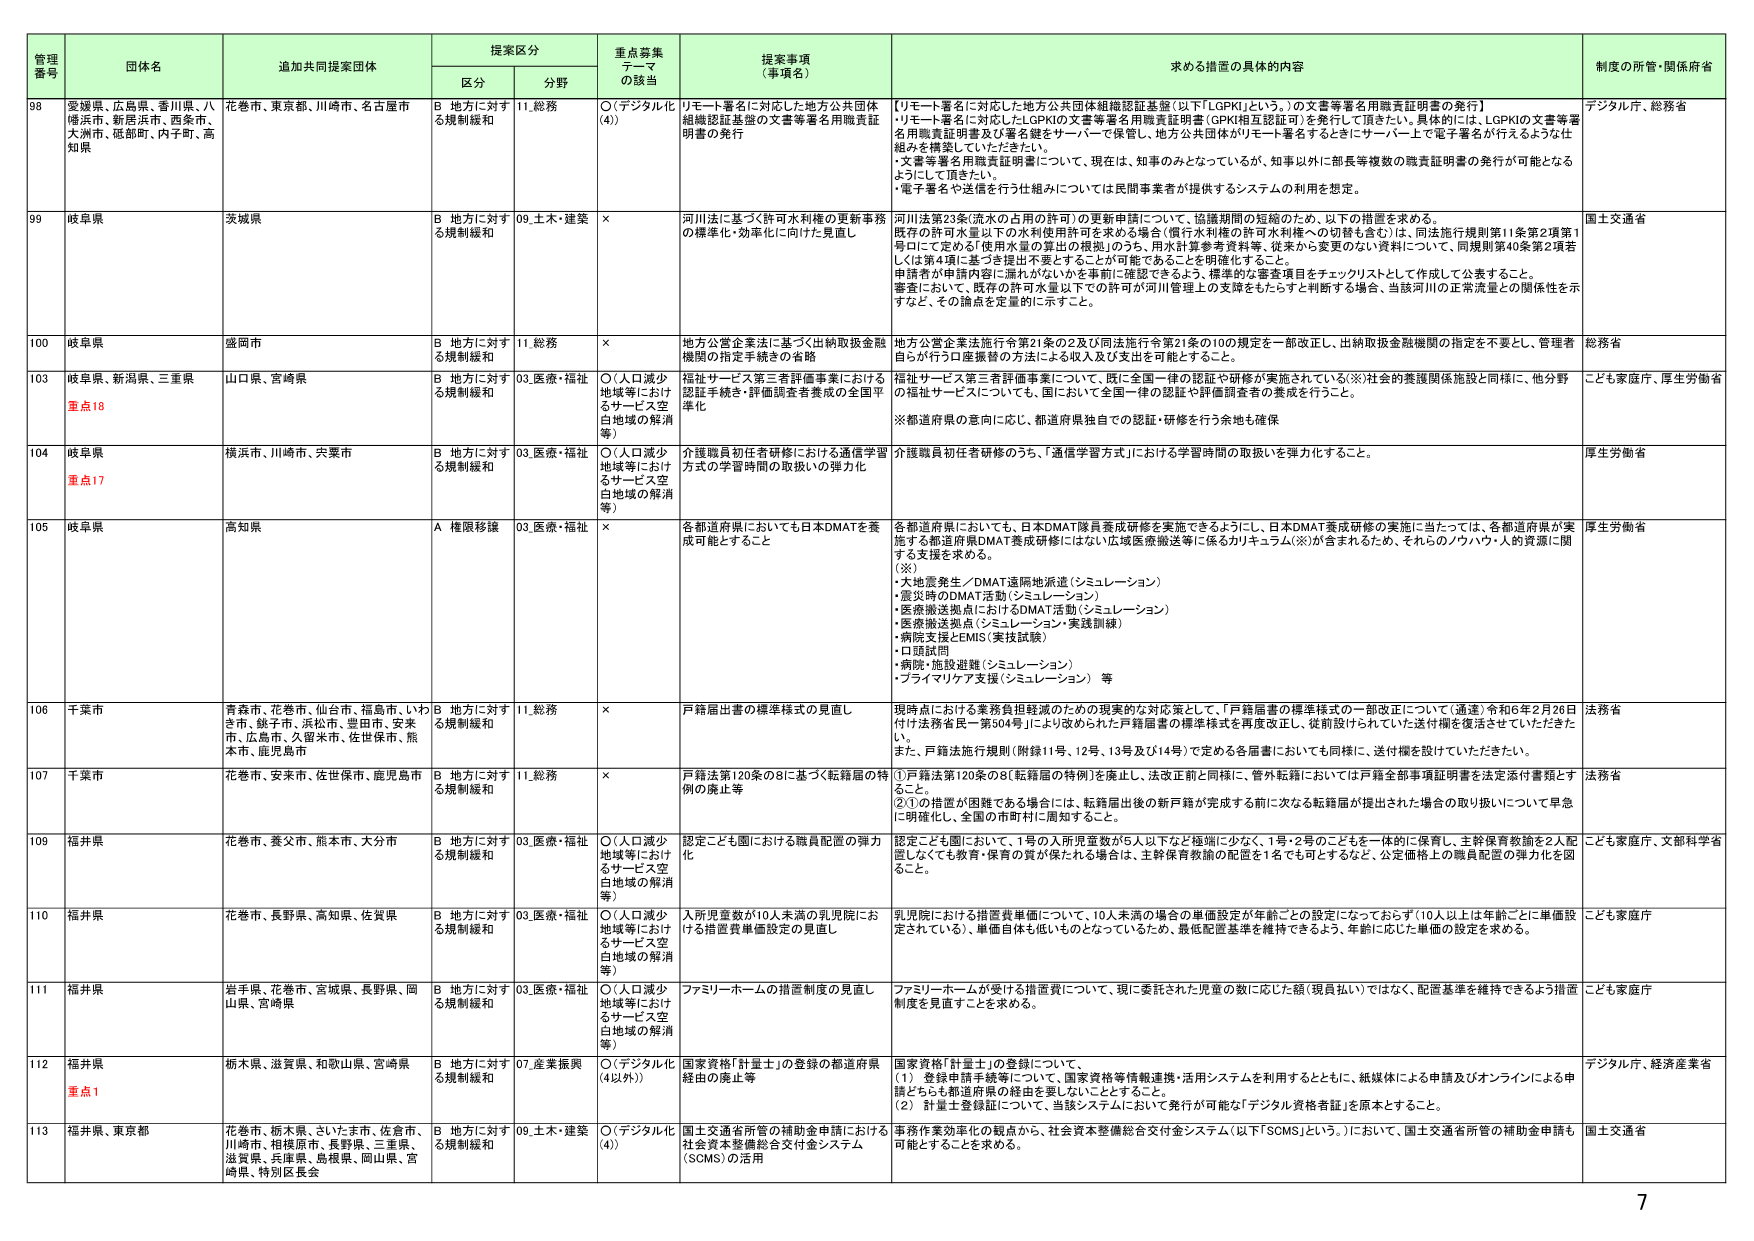
管理番号 団体名 追加共同提案団体 提案区分 重点募集テーマの該当 提案事項（事項名） 求める措置の具体的内容 制度の所管・関係府省
区分 分野
98 愛媛県、広島県、香川県、八幡浜市、新居浜市、西条市、大洲市、砥部町、内子町、高知県 花巻市、東京都、川崎市、名古屋市 B 地方に対する規制緩和 11.総務 ○（デジタル化（4）） リモート署名に対応した地方公共団体組織認証基盤の文書等署名用職責証明書の発行 【リモート署名に対応した地方公共団体組織認証基盤（以下「LGPKI」という。）の文書等署名用職責証明書の発行】 ・リモート署名に対応したLGPKIの文書等署名用職責証明書（GPKI相互認証可）を発行して頂きたい。具体的には、LGPKIの文書等署名用職責証明書及び署名鍵をサーバーで保管し、地方公共団体がリモート署名するときにサーバー上で電子署名が行えるような仕組みを構築していただきたい。 ・文書等署名用職責証明書について、現在は、知事のみとなっているが、知事以外に部長等複数の職責証明書の発行が可能となるようにして頂きたい。 ・電子署名で送信を行う仕組みについては民間事業者が提供するシステムの利用を想定。 デジタル庁、総務省
99 岐阜県 茨城県 B 地方に対する規制緩和 09.土木・建築 × 河川法に基づく許可水利権の更新事務の標準化・効率化に向けた見直し 河川法第23条（流水の占用の許可）の更新申請について、協議期間の短縮のため、以下の措置を求める。 既存の許可水量以下の水利使用許可を求める場合（償付水利権の許可水利権への切替も含む）は、同法施行規則第11条第2項第1号ロにて定める「使用水量の算出の根拠」のうち、用水計算参考資料等、従来から変更のない資料について、同規則第40条第2項若しくは第4項に基づき提出不要とすることが可能であることを明確化すること。 申請者が申請内容に漏れがないかを事前に確認できるよう、標準的な審査項目をチェックリストとして作成して公表すること。 審査において、既存の許可水量以下の許可が河川管理上の支障をもたらすと判断する場合、当該河川の正常流量との関係性を示すなど、その論点を定量的に示すこと。 国土交通省
100 岐阜県 盛岡市 B 地方に対する規制緩和 11.総務 × 地方公営企業法に基づく出納取扱金融機関の指定手続きの省略 地方公営企業法施行令第21条の2及び同法施行令第21条の10の規定を一部改正し、出納取扱金融機関の指定を不要とし、管理者自らが行う口座振替の方法による収入及び支出を可能とすること。 総務省
103 岐阜県、新潟県、三重県 重点18 山口県、宮崎県 B 地方に対する規制緩和 03.医療・福祉 ○（人口減少地域等におけるサービス空白地域の解消等） 福祉サービス第三者評価事業における認証手続き・評価調査者養成の全国平準化 福祉サービス第三者評価事業について、既に全国一律の認証や研修が実施されている（※）社会的養護関係施設と同様に、他分野の福祉サービスについても、国において全国一律の認証や評価調査者の養成を行うこと。 ※都道府県の意向に応じ、都道府県独自での認証・研修を行う余地も確保 こども家庭庁、厚生労働省
104 岐阜県 重点17 横浜市、川崎市、央妻市 B 地方に対する規制緩和 03.医療・福祉 ○（人口減少地域等におけるサービス空白地域の解消等） 介護職員初任者研修における通信学習方式の学習時間の取扱いの弾力化 介護職員初任者研修のうち、「通信学習方式」における学習時間の取扱いを弾力化すること。 厚生労働省
105 岐阜県 高知県 A 権限移譲 03.医療・福祉 × 各都道府県においても日本DMATを養成可能とすること 各都道府県においても、日本DMAT隊員養成研修を実施できるようにし、日本DMAT養成研修の実施に当たっては、各都道府県が実施する都道府県DMAT養成研修にはない広域医療搬送等に係るカリキュラム（※）が含まれるため、それらのノウハウ・人的資源に関する支援を求める。 （※） ・大地震発生／DMAT遠隔地派遣（シミュレーション） ・震災時のDMAT活動（シミュレーション） ・医療搬送拠点におけるDMAT活動（シミュレーション） ・医療搬送拠点（シミュレーション・実践訓練） ・病院支援CEMIS（実技試験） ・口頭試問 ・病院・施設避難（シミュレーション） ・プライマリケア支援（シミュレーション） 等 厚生労働省
106 千葉市 青森市、花巻市、仙台市、福島市、いわき市、銚子市、浜松市、豊田市、安来市、広島市、久留米市、佐世保市、熊本市、鹿児島市 B 地方に対する規制緩和 11.総務 × 戸籍届出書の標準様式の見直し 現時点における業務負担軽減のための現実的な対応策として、「戸籍届書の標準様式の一部改正について（通達）令和6年2月26日付け法務省民一第504号」により改められた戸籍届書の標準様式を再度改正し、従前設けられていた送付欄を復活させていただきたい。 また、戸籍法施行規則（附録11号、12号、13号及び14号）で定める各届書においても同様に、送付欄を設けていただきたい。 法務省
107 千葉市 花巻市、安来市、佐世保市、鹿児島市 B 地方に対する規制緩和 11.総務 × 戸籍法第120条の8に基づく転籍届の特例の廃止等 ①戸籍法第120条の8（転籍届の特例）を廃止し、法改正前と同様に、管外転籍においては戸籍全部事項証明書を法定添付書類とすること。 ②①の措置が国難である場合に、転籍届出後の新戸籍が完成する前に次なる転籍届が提出された場合の取り扱いについて早急に明確化し、全国の市町村に周知すること。 法務省
109 福井県 花巻市、養父市、熊本市、大分市 B 地方に対する規制緩和 03.医療・福祉 ○（人口減少地域等におけるサービス空白地域の解消等） 認定こども園における職員配置の弾力化 認定こども園において、1号の入所児童数が5人以下など極端に少なく、1号・2号のこどもを一体的に保育し、主幹保育教諭を2人配置しなくても教育・保育の質が保たれる場合は、主幹保育教諭の配置を1名でも可とするなど、公定価格上の職員配置の弾力化を図ること。 こども家庭庁、文部科学省
110 福井県 花巻市、長野県、高知県、佐賀県 B 地方に対する規制緩和 03.医療・福祉 ○（人口減少地域等におけるサービス空白地域の解消等） 入所児童数が10人未満の乳児院における措置費単価設定の見直し 乳児院における措置費単価について、10人未満の場合の単価設定が年齢ごとの設定になっておらず（10人以上は年齢ごとに単価設定されている）、単価自体も低いものとなっているため、最低配置基準を維持できるよう、年齢に応じた単価の設定を求める。 こども家庭庁
111 福井県 岩手県、花巻市、宮城県、長野県、岡山県、宮崎県 B 地方に対する規制緩和 03.医療・福祉 ○（人口減少地域等におけるサービス空白地域の解消等） ファミリーホームの措置制度の見直し ファミリーホームが受ける措置費について、現に委託された児童の数に応じた額（現員払い）ではなく、配置基準を維持できるよう措置制度を見直すことを求める。 こども家庭庁
112 福井県 重点1 栃木県、滋賀県、和歌山県、宮崎県 B 地方に対する規制緩和 07.産業振興 ○（デジタル化（4以外）） 国家資格「計量士」の登録の都道府県経由の廃止等 国家資格「計量士」の登録について、 （1） 登録申請手続き等について、国家資格等情報連携・活用システムを利用するとともに、紙媒体による申請及びオンラインによる申請どちらも都道府県の経由を要しないこととすること。 （2） 計量士登録証について、当該システムにおいて発行が可能な「デジタル資格者証」を原本とすること。 デジタル庁、経済産業省
113 福井県、東京都 花巻市、栃木県、さいたま市、佐倉市、川崎市、相模原市、長野県、三重県、滋賀県、兵庫県、島根県、岡山県、宮崎県、特別区長会 B 地方に対する規制緩和 09.土木・建築 ○（デジタル化（4）） 国土交通省所管の補助金申請における社会資本整備総合交付金システム（SCMS）の活用 事務作業効率化の観点から、社会資本整備総合交付金システム（以下「SCMS」という。）において、国土交通省所管の補助金申請も可能とすることを求める。 国土交通省
7